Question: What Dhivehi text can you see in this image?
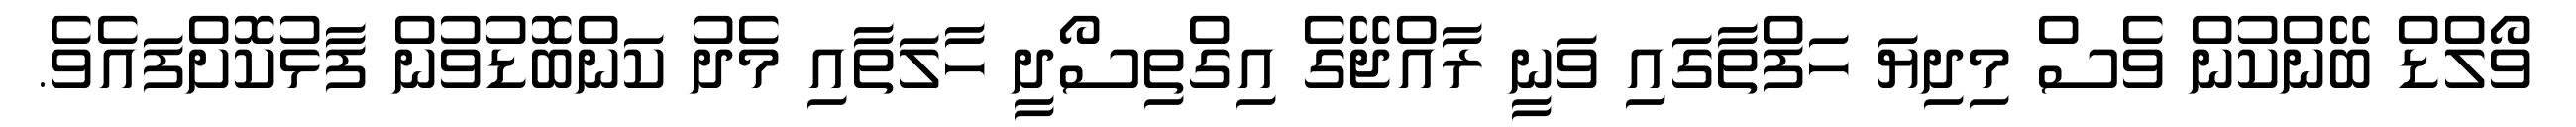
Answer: ވޯލްޑް ބޭންކުން ވެސް މިދިޔަ ހަފްތާގައި ވަނީ ރާއްޖޭގެ އިގްތިސޯދީ ހާލަތާއި މެދު ކަންބޮޑުވުން ފާޅުކޮށްފައެވެ.